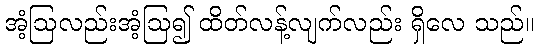
အံ့ဩလည်းအံ့ဩ၍ ထိတ်လန့်လျက်လည်း ရှိလေ သည်။